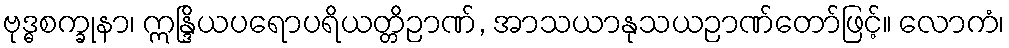
ဗုဒ္ဓစက္ခုနာ၊ ဣန္ဒြိယပရောပရိယတ္တိဉာဏ်, အာသယာနုသယဉာဏ်တော်ဖြင့်။ လောကံ၊